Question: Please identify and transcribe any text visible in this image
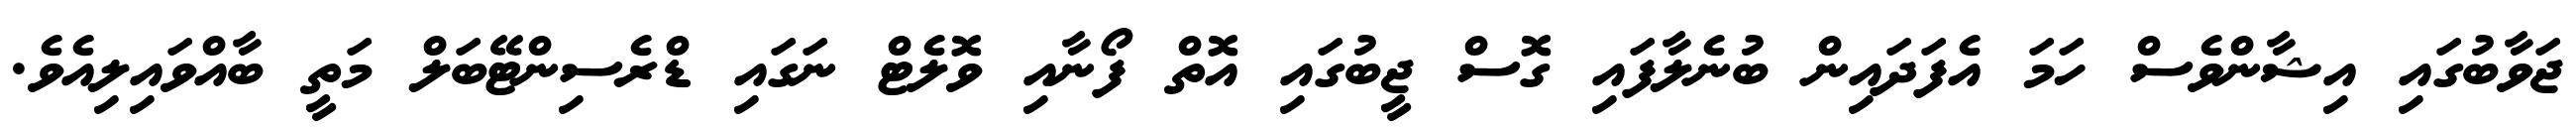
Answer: ޖަވާބުގައި އިޝާންވެސް ހަމަ އެފަދައިން ބުނެލާފައި ގޮސް ޖީބުގައި އޮތް ފޯނާއި ވޮލެޓް ނަގައި ޑްރެސިންޓޭބަލް މަތީ ބާއްވައިލިއެވެ.